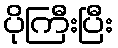
ပိုကြီးပြီး